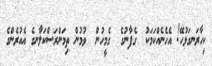
ކިހާރަނގަޅުހޭ! އެހެނެއްކަމަކު  ގެފާނުގެ  ގެމީހުން  ވުމުން ތިމަންރަސްކަލާނގެ އެއުރެންގެ